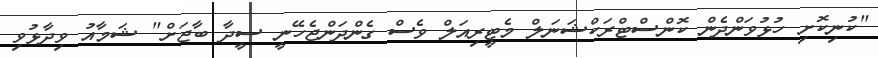
"ކުނިކޮށި ހުޅުވަންދެން ކޮންސްޓްރަކްޝަނަލް މެޓީރިއަލް ވެސް ގެންދަންޖެހޭނީ ސީދާ ބާޖަށް" ޝަމާއު ވިދާޅުވި